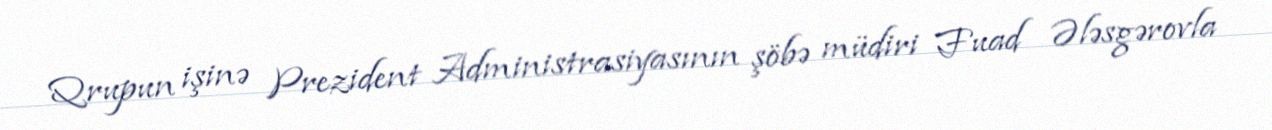
Qrupun işinə Prezident Administrasiyasının şöbə müdiri Fuad Ələsgərovla